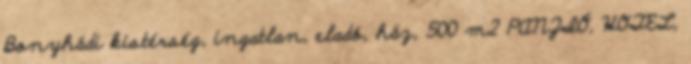
Bonyhádi kistérség, ingatlan, eladó, ház, 500 m2 PANZIÓ, HOTEL,